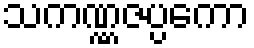
သကဏ္ဏဇပ္ပကော